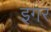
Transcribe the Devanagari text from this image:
इगर